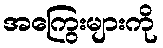
အကြွေးများကို